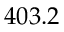
4 0 3 . 2